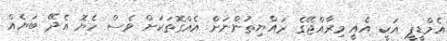
އެމްޑީޕީ އަކީ އެއީ މިރާއްޖޭގެ ރައްޔިތުންނަށް އެއްގޮތަކަށް ވެސް ހެޔޮ އެދޭ ބަޔެއް